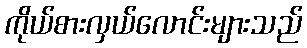
ကိုယ်စားလှယ်လောင်းများသည်